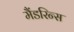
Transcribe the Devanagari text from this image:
मैंडरिन्स